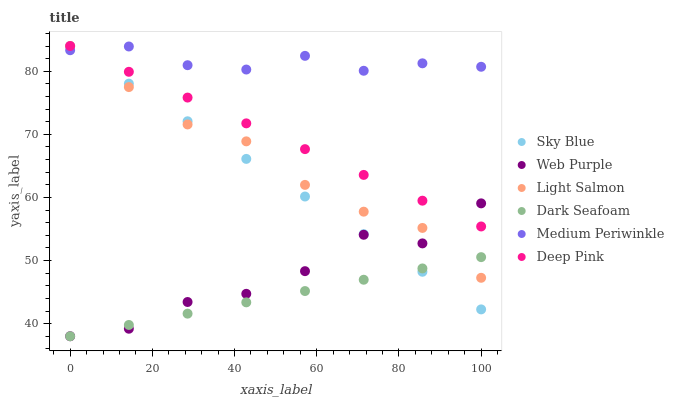
| xaxis_label | Sky Blue | Web Purple | Light Salmon | Dark Seafoam | Medium Periwinkle | Deep Pink |
 | --- | --- | --- | --- | --- | --- | --- |
 | 0 | 84 | 38 | 84 | 38 | 83.3 | 84 |
 | 14.3 | 78 | 39.2 | 77.5 | 39.8 | 83.9 | 79.9 |
 | 28.6 | 72.1 | 43.4 | 71.6 | 41.6 | 81 | 75.8 |
 | 42.9 | 66.1 | 44.7 | 68.9 | 43.4 | 80.3 | 71.7 |
 | 57.1 | 60.1 | 48.3 | 62 | 45.2 | 82.4 | 67.7 |
 | 71.4 | 54.2 | 54.1 | 57.7 | 47 | 80.1 | 63.6 |
 | 85.7 | 48.2 | 52.7 | 55.2 | 48.7 | 81.3 | 59.5 |
 | 100 | 42.3 | 59.1 | 47.3 | 50.5 | 80.7 | 55.4 |